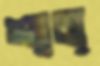
শান্